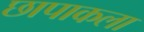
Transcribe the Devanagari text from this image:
छापाकला